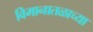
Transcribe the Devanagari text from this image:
विमानातळाच्या